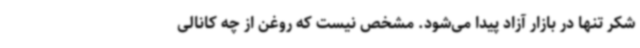
شکر تنها در بازار آزاد پیدا می‌شود. مشخص نیست که روغن از چه کانالی